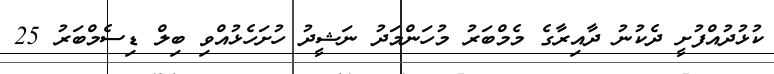
ކުޅުދުއްފުށީ ދެކުނު ދާއިރާގެ މެމްބަރު މުހަންމަދު ނަޝީދު ހުށަހެޅުއްވި ބިލް ޑިސެމްބަރު 25